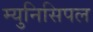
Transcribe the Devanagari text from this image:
म्‍युनिसिपल